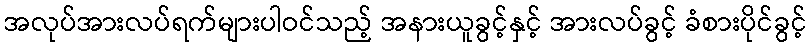
အလုပ်အားလပ်ရက်များပါဝင်သည့် အနားယူခွင့်နှင့် အားလပ်ခွင့် ခံစားပိုင်ခွင့်